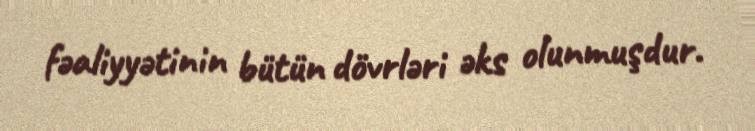
fəaliyyətinin bütün dövrləri əks olunmuşdur.